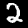
Label: 2